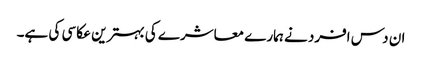
ان دس افرد نے ہمارے معاشرے کی بہترین عکاسی کی ہے۔